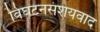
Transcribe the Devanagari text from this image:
विघटनसंशयवाद